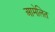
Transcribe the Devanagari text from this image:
आमेलित